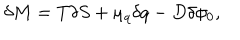
\delta M = T \delta S + \mu _ { q } \delta q - D \delta \phi _ { 0 } ,